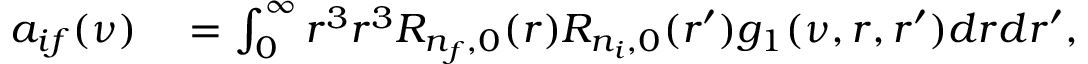
\begin{array} { r l } { a _ { i f } ( \nu ) } & { { } = \int _ { 0 } ^ { \infty } r ^ { 3 } r ^ { 3 } R _ { n _ { f } , 0 } ( r ) R _ { n _ { i } , 0 } ( r ^ { \prime } ) g _ { 1 } ( \nu , r , r ^ { \prime } ) d r d r ^ { \prime } , } \end{array}